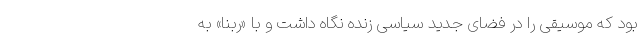
بود که موسیقی را در فضای جدید سیاسی زنده نگاه داشت و با «ربنا» به